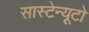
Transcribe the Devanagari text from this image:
सास्टेन्यूटो